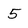
Character: 5